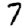
Digit: 7